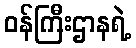
ဝန်ကြီးဌာနရဲ့